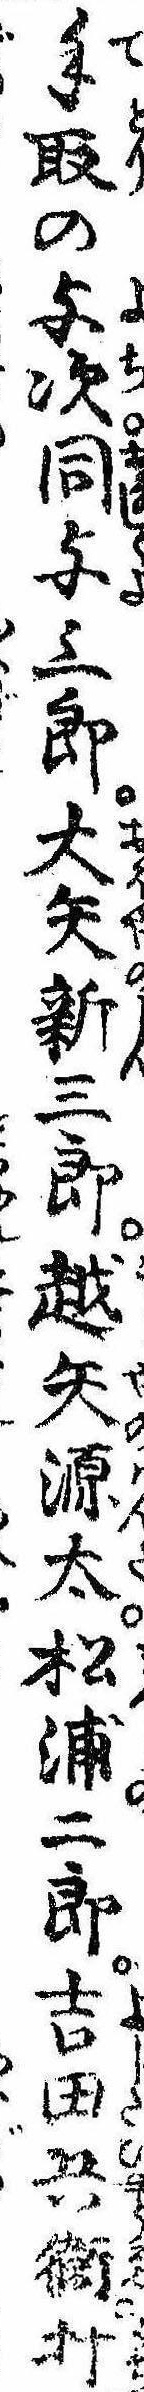
手取の与次同与三郎大矢新三郎越矢源太松浦二郎吉田兵衛打